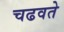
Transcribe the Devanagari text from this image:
चढवते